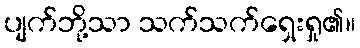
ပျက်ဘို့သာ သက်သက်ရှေးရှု၏။